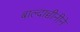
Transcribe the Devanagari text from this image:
बाल्दाच्चीनीने